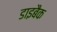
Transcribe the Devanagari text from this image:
डाइबैक